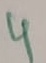
Text: 4